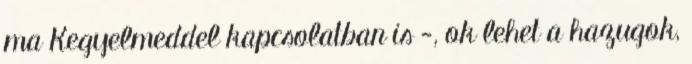
ma Kegyelmeddel kapcsolatban is -, ok lehet a hazugok,